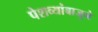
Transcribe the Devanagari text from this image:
पेशव्यांबाजूने